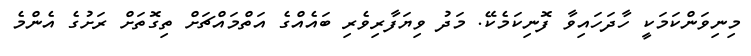
މިނިވަންކަމަކީ ހާދަހައިވާ ފޮނިކަމެކޭ. މަދު ވިޔަފާރިވެރި ބައެއްގެ އަތްމައްޗަށް ތިގޮތަށް ރަށުގެ އެންމެ